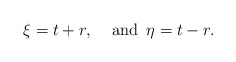
\begin{align*}\xi=t+r,\quad\, {\rm and}\,\,\,\eta=t-r.\end{align*}